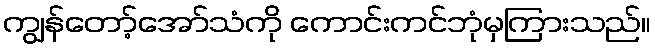
ကျွန်တော့်အော်သံကို ကောင်းကင်ဘုံမှကြားသည်။